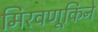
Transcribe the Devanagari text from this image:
मिरवणूकिने